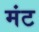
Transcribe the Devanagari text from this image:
मंट